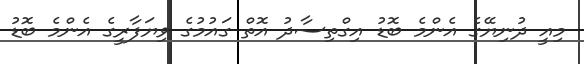
މިއީ ދުނިޔޭގެ އެންމެ ބޮޑު އިގްތިސާދު އޮތް ގައުމުގެ ވިޔަފާރީގެ އެންމެ ބޮޑު